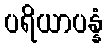
ပရိယာပန္နံ